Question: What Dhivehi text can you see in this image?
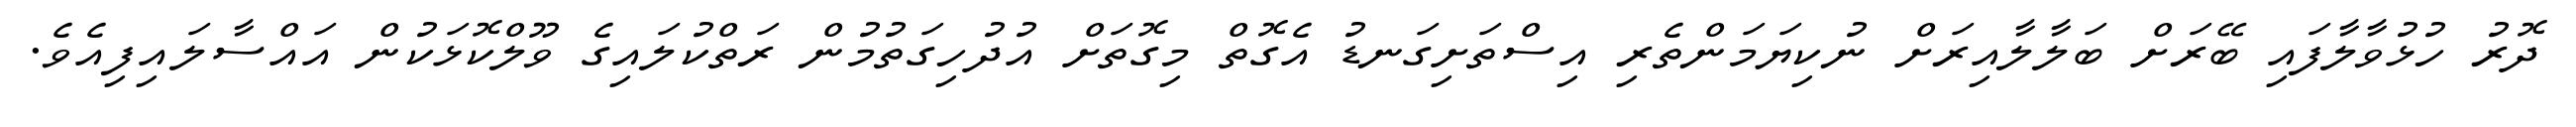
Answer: ދޮރު ހުޅުވާލާފައި ބޭރަށް ބަލާލާއިރަށް ނުކިޔަމަންތެރި އިސްތަށިގަނޑު އެގޮތް މިގޮތަށް އުދުހިގަތުމުން ރަތްކުލައިގެ ވޫލްކޮޅަކުން އައްސާލައިފިއެވެ.